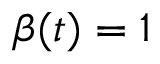
\beta ( t ) = 1